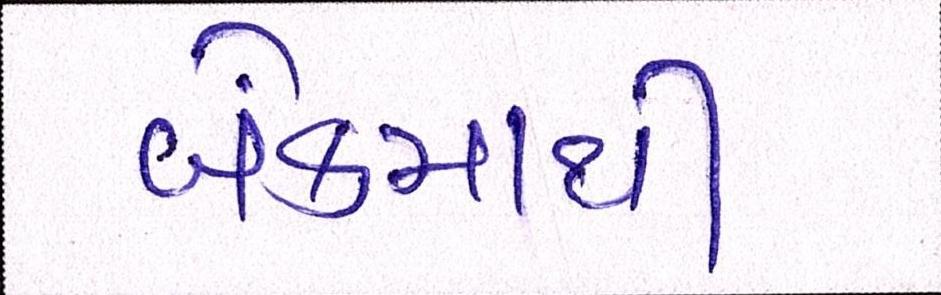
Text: બેંકમાંથી